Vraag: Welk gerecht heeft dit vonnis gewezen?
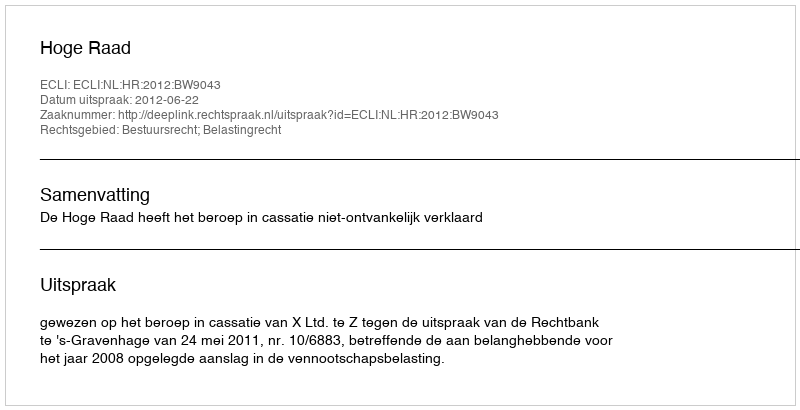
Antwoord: Hoge Raad